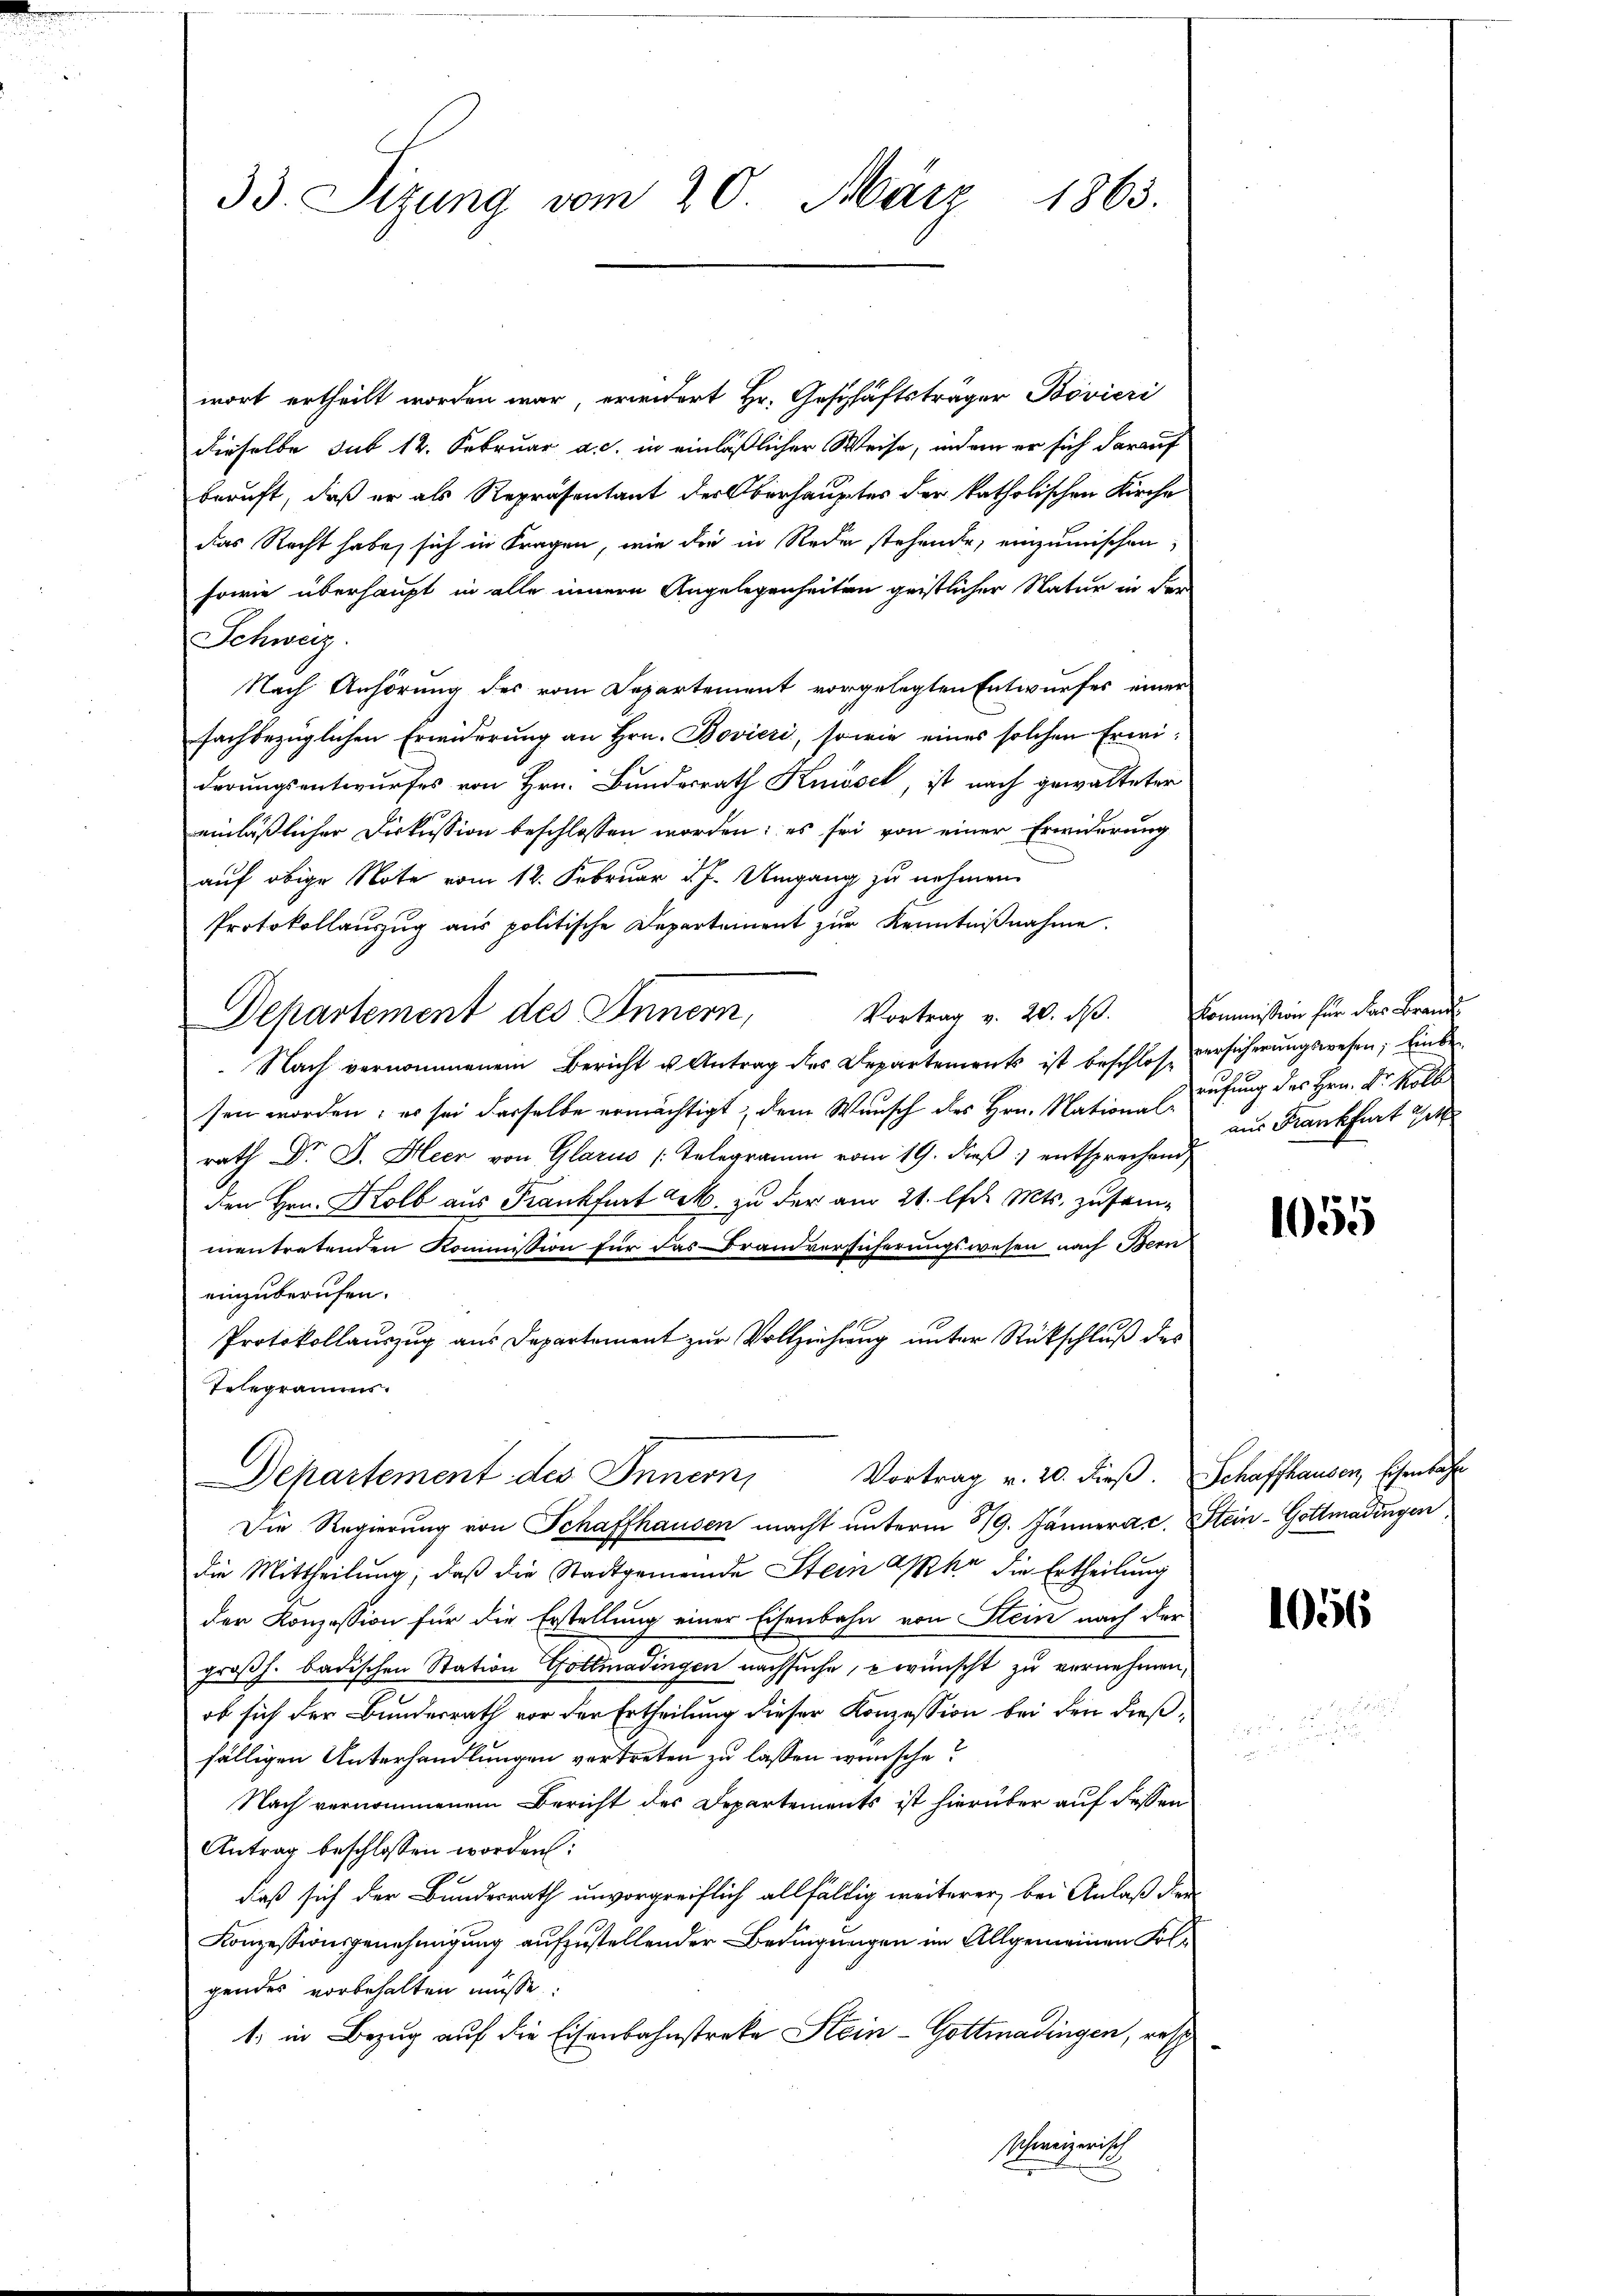
33. Sizung vom 20. März 1863.

wort ertheilt worden war, erwidert Hr. Geschäftsträger Bovieri
dieselbe sub 12. Februar a. c. in einläßlicher Weise, indem er sich darauf
beruft, daß er als Repräsentant der Oberhauptes der katholischen Kirche
das Recht habe, sich in Fragen, wie die in Rede stehende, einzumischen
sowie überhaupt in alle innern Angelegenheiten geistlicher Natur in der
Schweiz
Nach Anhörung des vom Departement vorgelegten Entwurfes einer
fachbezüglichen Erwiderung an Hrn. Bovieri, sowie eines solchen Erwiderungsentwurfes von Hrn. Bundesrath Kniösel, ist nach gewalteter
einläßlicher Diskussion beschlossen worden; es sei von einer Erwiderung
auf obige Note vom 12. Februar d. J. Umgang zu nehmen.
Protokollaŭszŭg aŭs politische Departement zŭr Kenntniβnahme.
Vortrag v. 20. d.
Departement des Innern,
Nach vernommenem Bericht u Antrag des Departements ist beschlossen worden; es sei derselbe ermächtigt, dem Wunsch des Hrn. Natione (aufung des Hrn. Dr. Koll
rath Dr J. Heer von Glarus (Telegramm vom 19. dieß entsprechend
den Hrn. Kolb aus Krankfurt dek. zu der am 21. Oser. Mts. zusam-
mentretenden Kommission für das Brandversicherungswesen nach Bern
einzuberufen.
Protokollauszug aus Departement zur Vollziehung unter Rückschluß des
Telegramms.
Vortrag v. 20. dieß. Schaffhausen, Eisenbahr
Departement des Innern,
Die Regierung von Schaffhausen macht unterm 319. Jännera c. Stein-Gottmadingen,
die Mittheilung, daß die Stadtgemeinde Stein aphe die Ertheilung
der Konzession für die Erstellung einer Eisenbahn von Stein nach der
großh. badischen Station Gottmadingen nachsuche, wünscht zu vernehmen,
ob sich der Bundesrath vor der Ertheilung dieser Konzession bei den dießfälligen Unterhandlungen vertreten zu lassen wünsche?
Nach vernommenem Bericht des Departements ist hierüber auf dessen
Antrag beschlossen worden:
daß sich der Bundesrath unvorgreiflich allfällig weiterer bei Anlaß der
Konzessionsgenehmigung aufzustellender Bedingungen im Allgemeinen Folgendes vorbehalten müsse.
1. in Bezug auf die Eisenbahnstreke Stein - Gottmadingen, resp
Schweizerisch

Kommission für das Brandi
versicherungswesen; Einbeaus Frankfurt Gitt

1055

1056